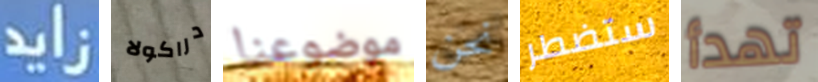
زايد دراكولا موضوعنا نحن ستضطر تهدأ